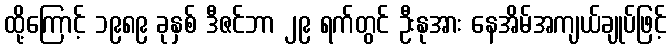
ထို့ကြောင့် ၁၉၈၉ ခုနှစ် ဒီဇင်ဘာ ၂၉ ရက်တွင် ဦးနုအား နေအိမ်အကျယ်ချုပ်ဖြင့်